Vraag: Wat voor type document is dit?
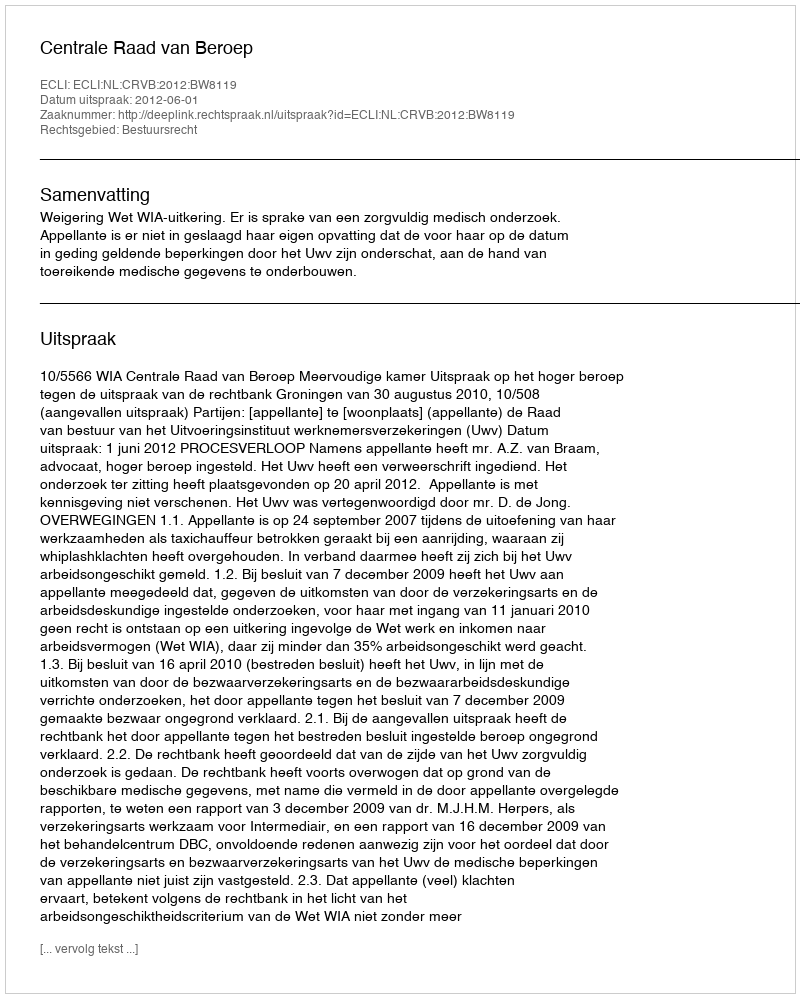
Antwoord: Uitspraak